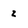
Character: Z